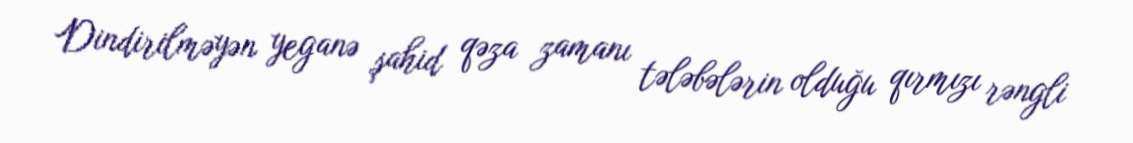
Dindirilməyən yeganə şahid qəza zamanı tələbələrin olduğu qırmızı rəngli